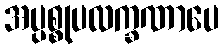
အပ္ပစ္စုပလက္ခဏာပေ